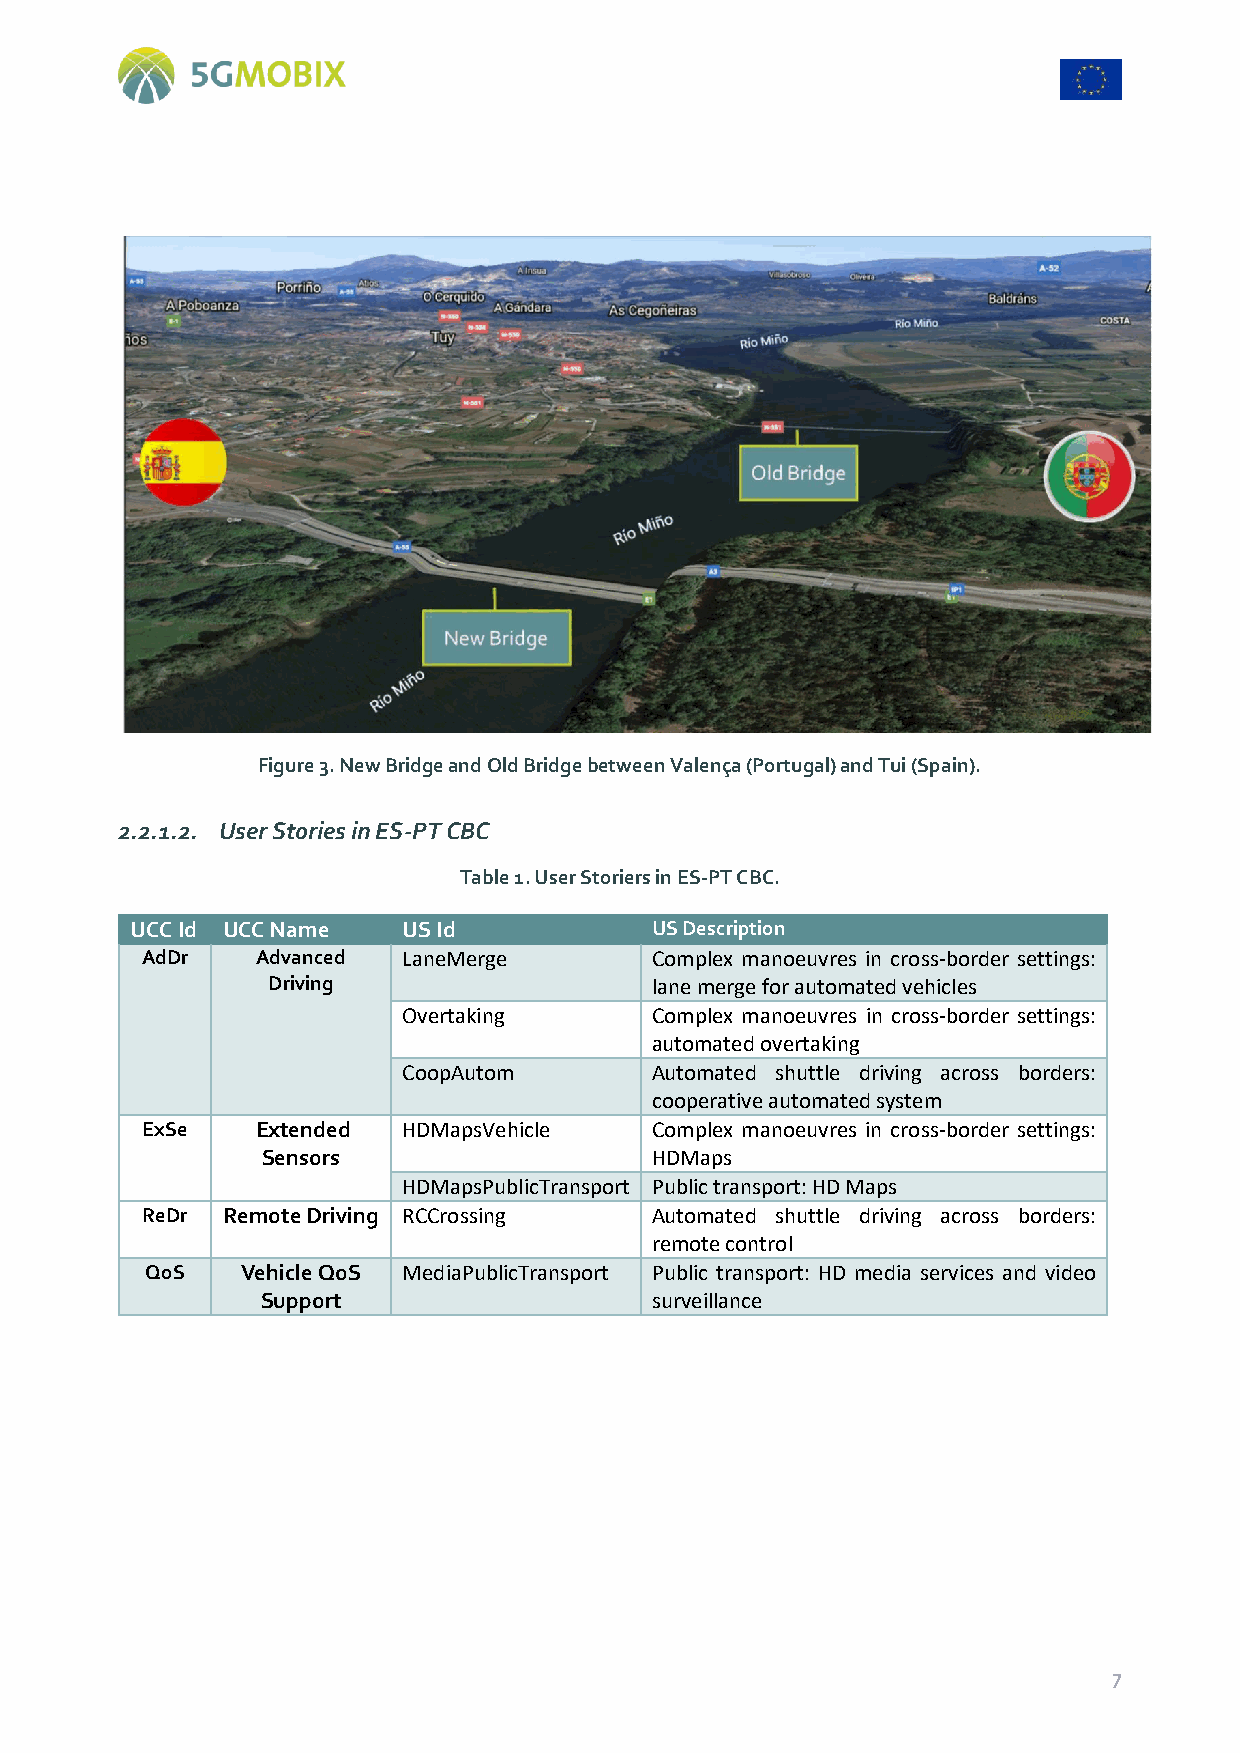
Figure 3. New Bridge and Old Bridge between Valença (Portugal) and Tui (Spain).
 2.2.1.2. User Stories in ES-PT CBC
 Table 1. User Storiers in ES-PT CBC.
 UCC Id UCC Name   US Id           US Description
 AdDr    Advanced  LaneMerge       Complex manoeuvres in cross-border settings:
 Driving                  lane merge for automated vehicles
 Overtaking      Complex manoeuvres in cross-border settings:
 automated overtaking
 CoopAutom       Automated shuttle driving across borders:
 cooperative automated system
 ExSe    Extended  HDMapsVehicle   Complex manoeuvres in cross-border settings:
 Sensors                   HDMaps
 HDMapsPublicTransport Public transport: HD Maps
 ReDr  Remote Driving RCCrossing   Automated shuttle driving across borders:
 remote control
 QoS   Vehicle QoS MediaPublicTransport Public transport: HD media services and video
 Support                   surveillance
 7